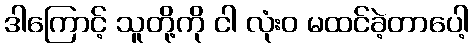
ဒါကြောင့် သူတို့ကို ငါ လုံးဝ မထင်ခဲ့တာပေါ့